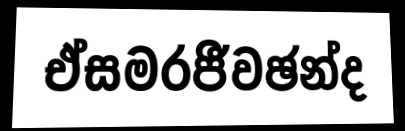
ඒසමරජීවඡන්ද